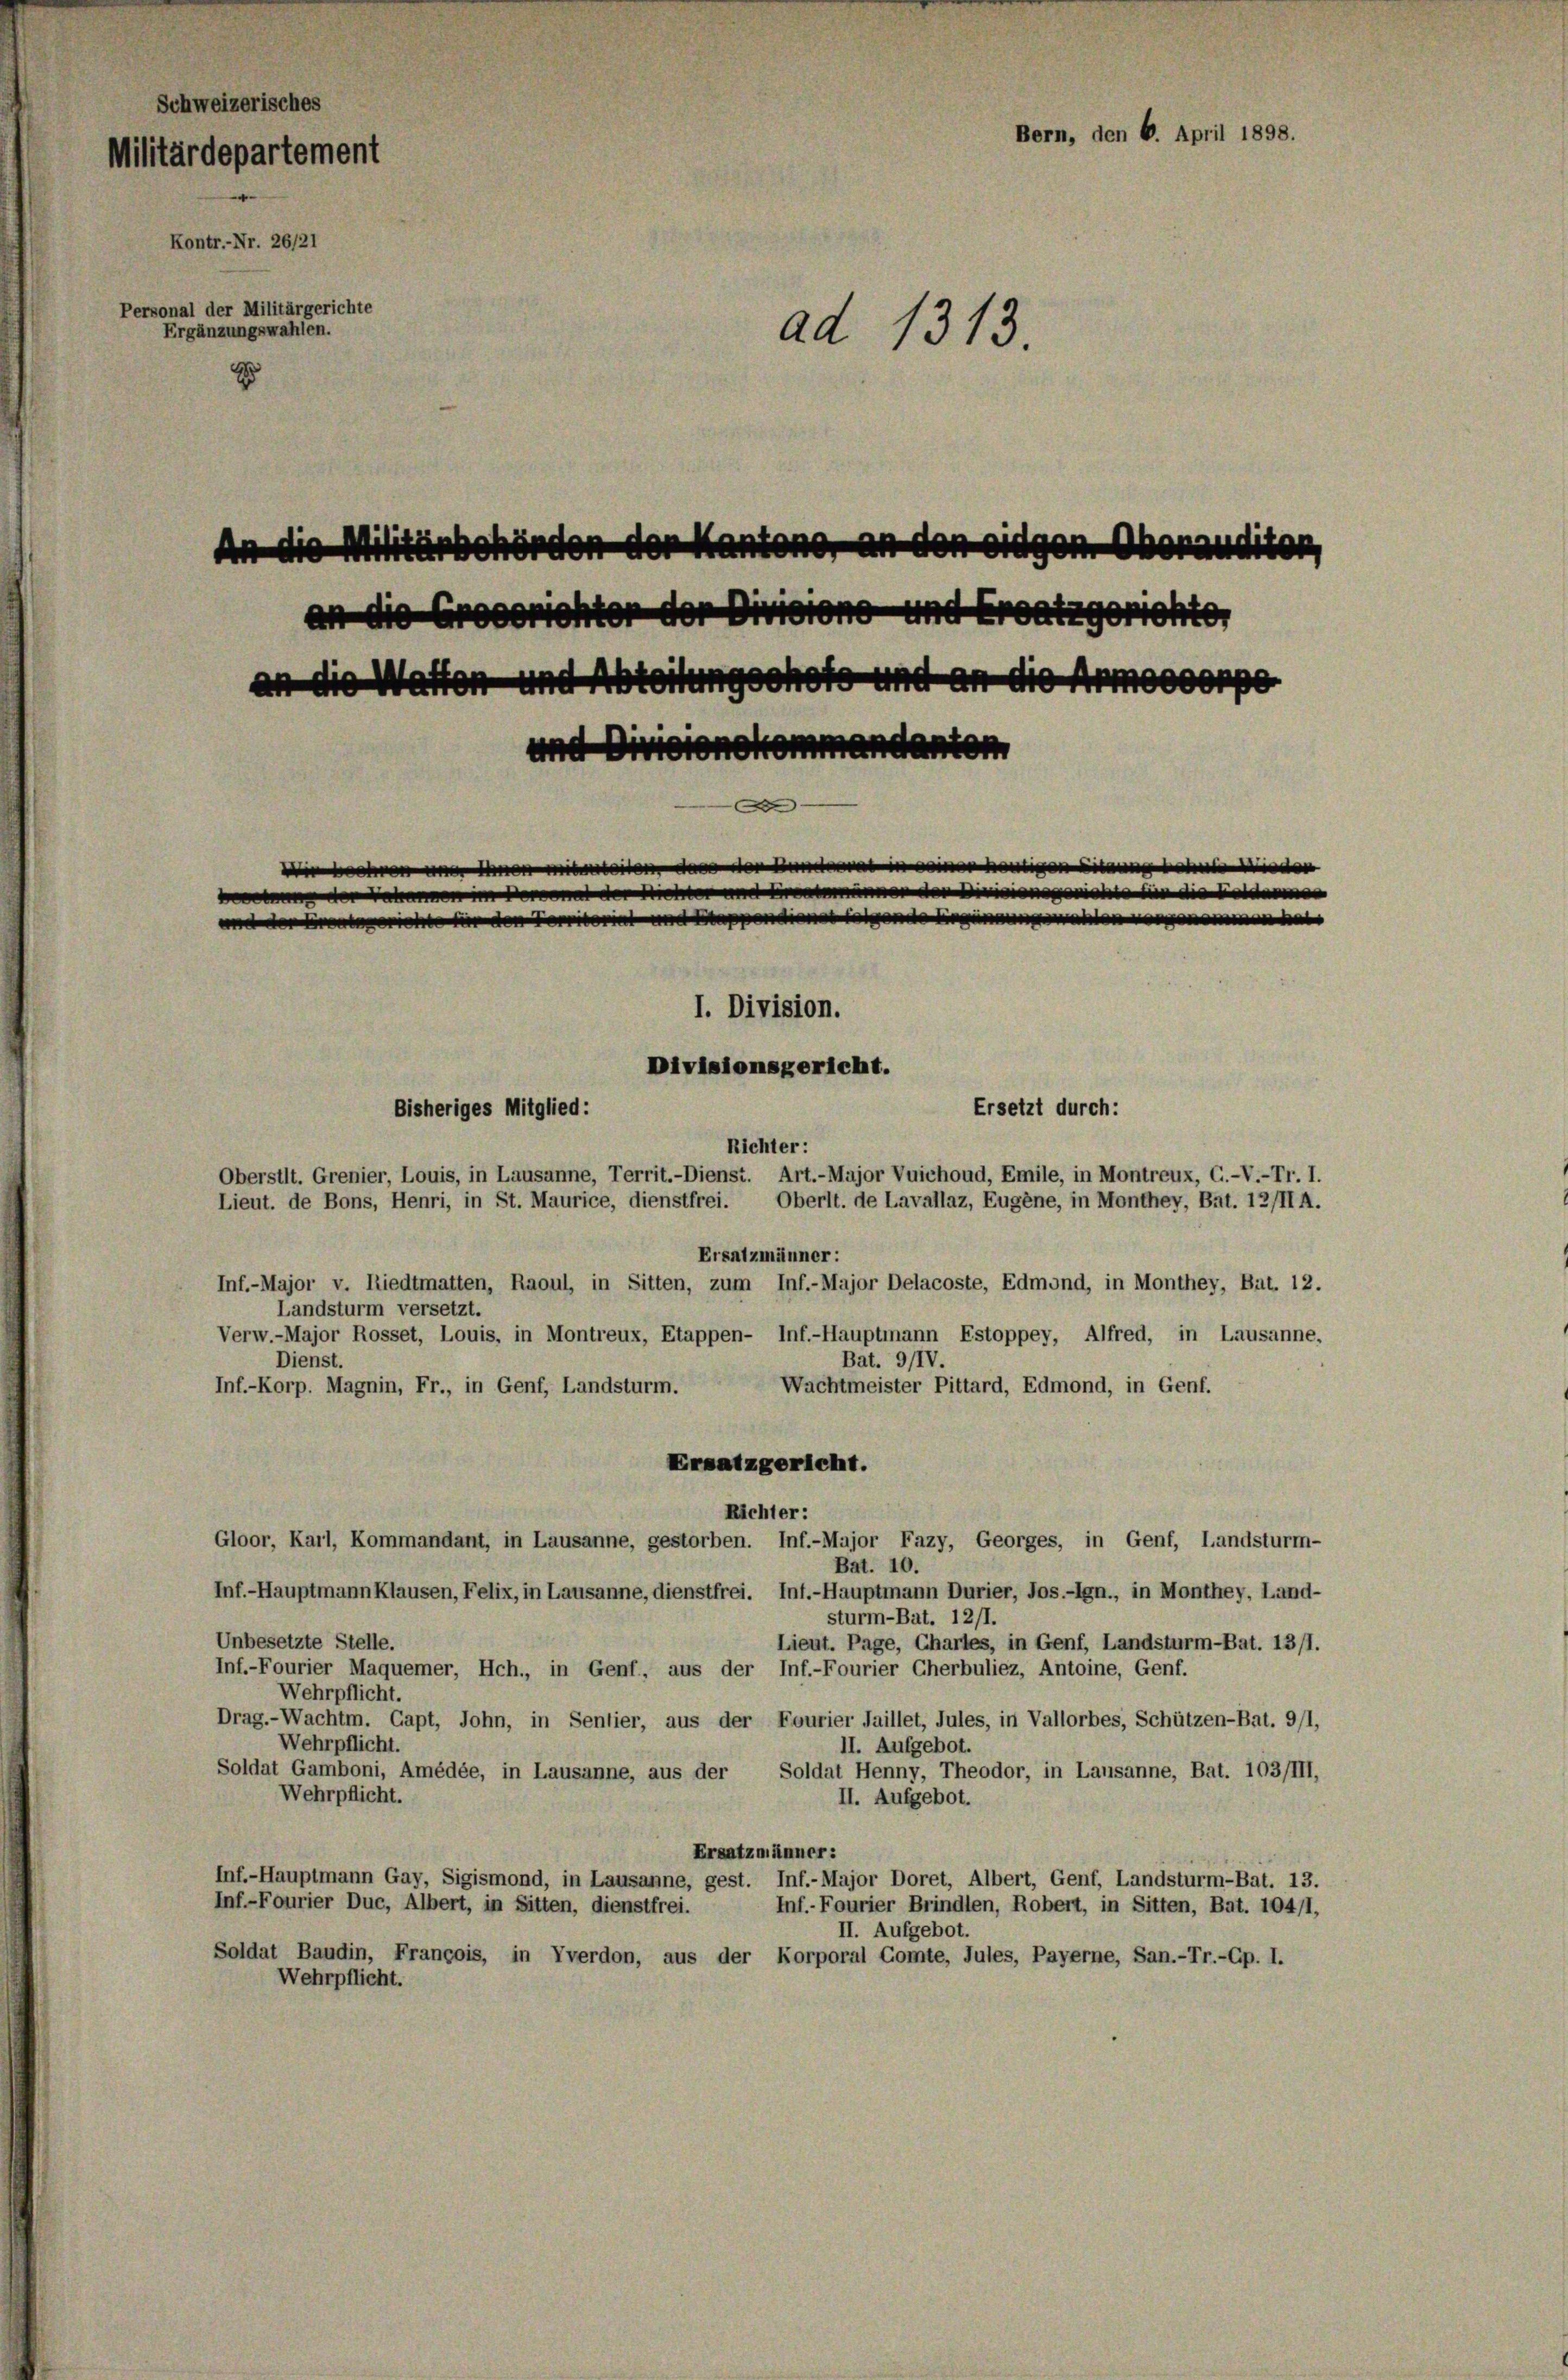
Schweizerisches
Bern, den 6. April 1898.
Militärdepartement
Kontr.-Nr. 26/21
Personal der Militärgerichte
Ergänzungswahlen.
ad 1313.
E

An die Militärbehörden der Kantons, an den eidgen Oberandikon,
an die Greberichten der Divisione und Ersatz gerichter
an die Watten und Abteilungsohofe und an die Armesserpe
und Divisionskommandantem
F

eder Bunde

errohte für den Territorit eine Suppendienstehende in eine
I. Division.

Divisionsgericht.
Ersetzt durch:
bisheriges Mitglied:
Richter:
Oberstit. Grenier, Louis, in Lausanne, Territ.-Dienst. Art.-Major Vuichoud, Emile, in Montreux, C.-V.-Tr. I.
Lieut. de Bons, Henri, in St. Maurice, dienstfrei. Oberlt. de Lavallaz, Eugene, in Monthey, Bat. 12/11 A.
Ersatzmänner:
Inf.-Major v. Riedtmatten, Raoul, in Sitten, zum Inf.-Major Delacoste, Edmond, in Monthey, Bat. 12.
Landsturm versetzt.
Verw.-Major Rosset, Louis, in Montreux, Etappen- Inf.-Hauptmann Estoppey, Alfred, in Lausanne,
Dienst.
Bat. 91IV.
Inf.-Korp. Magnin, Fr., in Genf, Landsturm.
Wachtmeister Pittard, Edmond, in Genf.
Ersatzgericht.
Richter:
Gloor, Karl, Kommandant, in Lausanne, gestorben. Inf.-Major Fazy, Georges, in Genf, Landsturm-
Bat. 10.
Inf.-Hauptmann Klausen, Felix, in Lausanne, dienstfrei. Inf.-Hauptmann Durier, Jos.-Ign., in Monthey, Land-
sturm-Bat. 12/1.
Unbesetzte Stelle.
Lieut. Page, Chartes, in Genf, Landsturm-Bat. 13/1.
Inf.-Fourier Maquemer, Hch., in Genf, aus der Inf.-Fourier Cherbuliez, Antoine, Genf.
Wehrpflicht.
Drag.-Wachtm. Capt, John, in Sentier, aus der Fourier Jaillet, Jules, in Vallorbes, Schützen-Bat. 9/1,
Wehrpflicht.
II. Aufgebot.
Soldat Gamboni, Amédée, in Lausanne, aus der Soldat Henny, Theodor, in Lausanne, Bat. 103/III,
Wehrpflicht.
II. Aufgebot.
Ersatzmänner:
Inf.-Hauptmann Gay, Sigismond, in Lausanne, gest. Inf.-Major Doret, Albert, Genf, Landsturm-Bat. 13.
Inf.-Fourier Duc, Albert, in Sitten, dienstfrei.
Inf.- Fourier Brindlen, Robert, in Sitten, Bat. 104/1,
II. Aufgebot.
Soldat Baudin, Francois, in Yverdon, aus der Korporal Comte, Jules, Payerne, San.-Tr.-Gp. I.
Wehrpflicht.